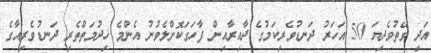
އަދި ވޭތުވެދިޔަ 50 އަހަރު ދަނޑުވެރިކަމުގެ ދާއިރާއިން ފާހަގަކޮށްލެވުނު އެންމެ ޚިދުމަތްތެރި ދަނޑުވެރިއާގެ